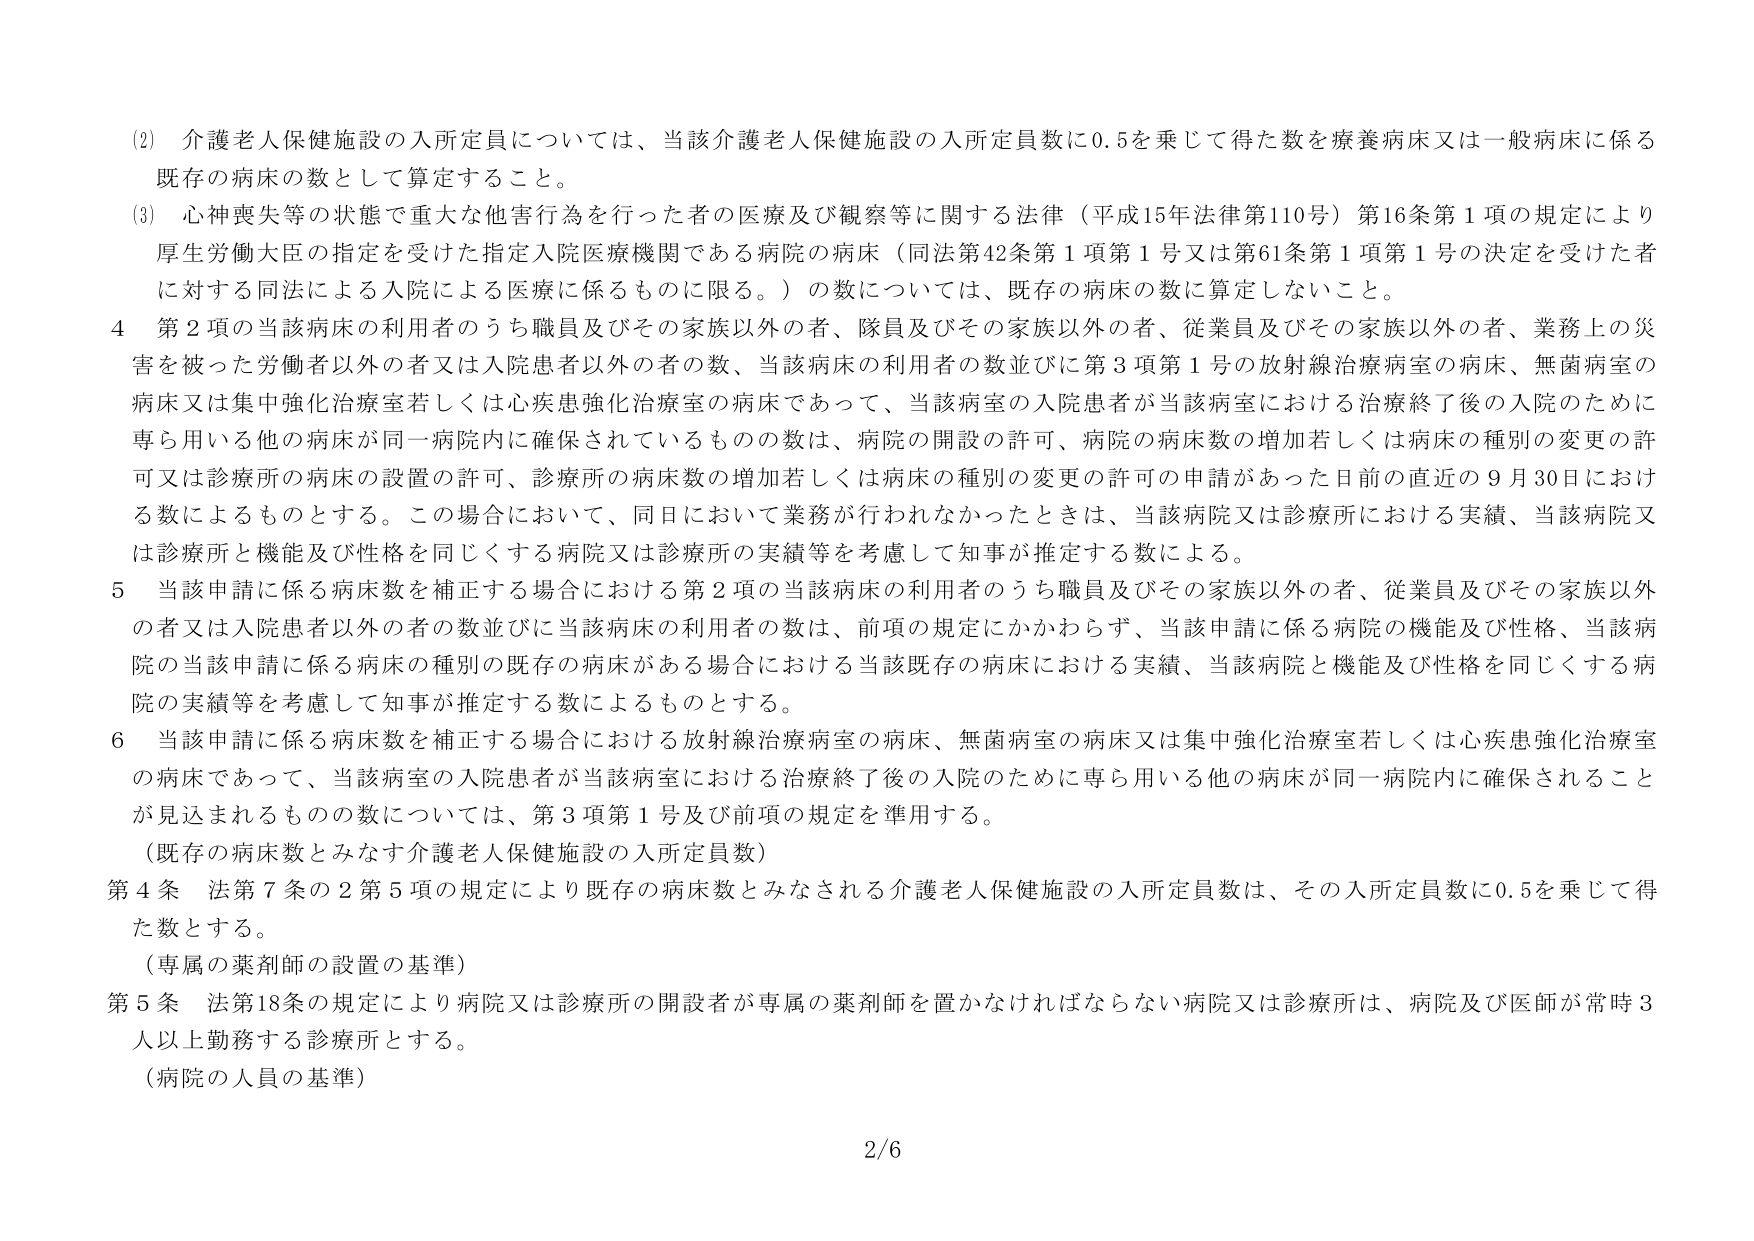
(2) 介護老人保健施設の入所定員については、当該介護老人保健施設の入所定員数に0.5を乗じて得た数を療養病床又は一般病床に係る既存の病床の数として算定すること。

(3) 心神喪失等の状態で重大な他害行為を行った者の医療及び観察等に関する法律（平成15年法律第110号）第16条第1項の規定により厚生労働大臣の指定を受けた指定入院医療機関である病院の病床（同法第42条第1項第1号又は第61条第1項第1号の決定を受けた者に対する同法による入院による医療に係るものに限る。）の数については、既存の病床の数に算定しないこと。

4 第2項の当該病床の利用者のうち職員及びその家族以外の者、隊員及びその家族以外の者、従業員及びその家族以外の者、業務上の災害を被った労働者以外の者又は入院患者以外の者の数、当該病床の利用者の数並びに第3項第1号の放射線治療病室の病床、無菌病室の病床又は集中強化治療室若しくは心疾患強化治療室の病床であって、当該病室の入院患者が当該病室における治療終了後の入院のために専ら用いる他の病床が同一病院内に確保されているものの数は、病院の開設の許可、病院の病床数の増加若しくは病床の種別の変更の許可又は診療所の病床の設置の許可、診療所の病床数の増加若しくは病床の種別の変更の許可の申請があった日前の直近の9月30日における数によるものとする。この場合において、同日において業務が行われなかったときは、当該病院又は診療所における実績、当該病院又は診療所と機能及び性格を同じくする病院又は診療所の実績等を考慮して知事が推定する数による。

5 当該申請に係る病床数を補正する場合における第2項の当該病床の利用者のうち職員及びその家族以外の者、従業員及びその家族以外の者又は入院患者以外の者の数並びに当該病床の利用者の数は、前項の規定にかかわらず、当該申請に係る病院の機能及び性格、当該病院の当該申請に係る病床の種別の既存の病床がある場合における当該既存の病床における実績、当該病院と機能及び性格を同じくする病院の実績等を考慮して知事が推定する数によるものとする。

6 当該申請に係る病床数を補正する場合における放射線治療病室の病床、無菌病室の病床又は集中強化治療室若しくは心疾患強化治療室の病床であって、当該病室の入院患者が当該病室における治療終了後の入院のために専ら用いる他の病床が同一病院内に確保されることが見込まれるもの数については、第3項第1号及び前項の規定を準用する。

（既存の病床数とみなす介護老人保健施設の入所定員数）

第4条 法第7条の2第5項の規定により既存の病床数とみなされる介護老人保健施設の入所定員数は、その入所定員数に0.5を乗じて得た数とする。

（専属の薬剤師の設置の基準）

第5条 法第18条の規定により病院又は診療所の開設者が専属の薬剤師を置かなければならない病院又は診療所は、病院及び医師が常時3人以上勤務する診療所とする。

（病院の人員の基準）

2/6